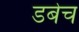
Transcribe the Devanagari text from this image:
डबेच